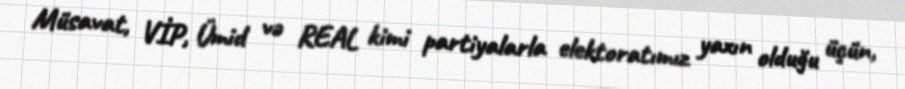
Müsavat, VİP, Ümid və REAL kimi partiyalarla elektoratımız yaxın olduğu üçün,